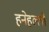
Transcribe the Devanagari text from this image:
हनेहल्ली